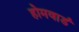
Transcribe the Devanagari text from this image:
होमवार्ड